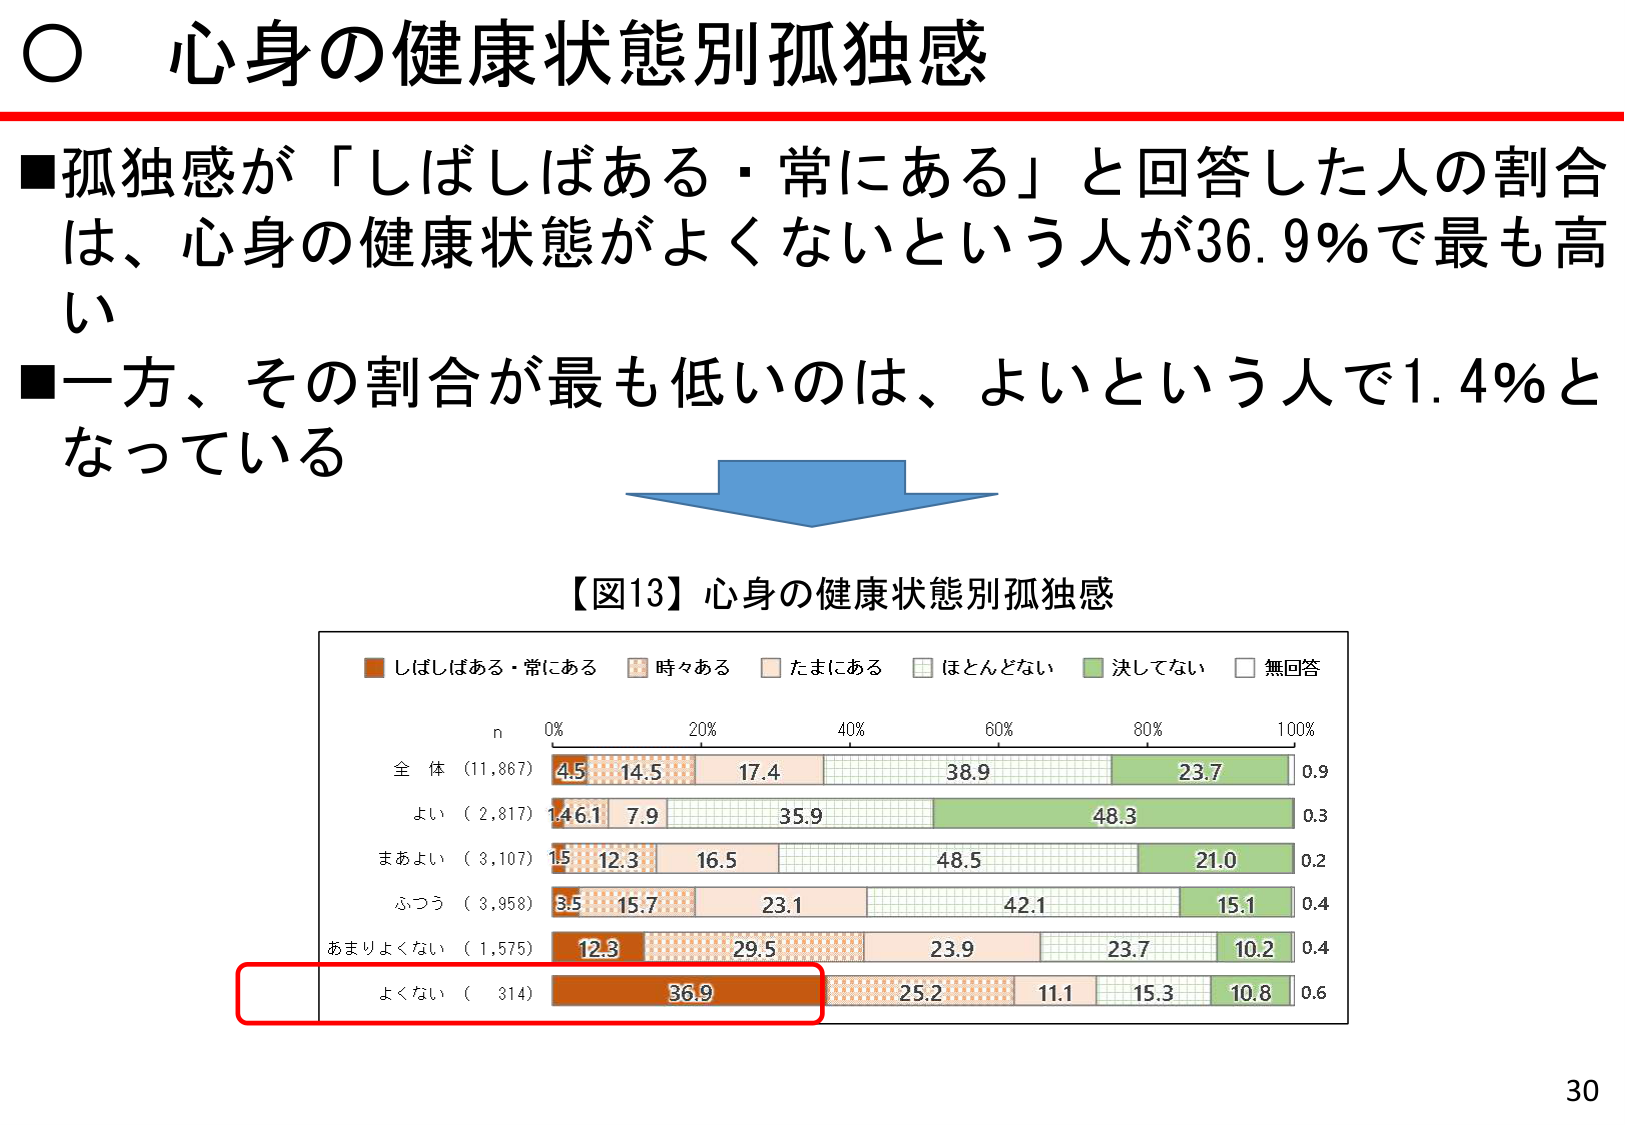
○ 心身の健康状態別孤独感

■孤独感が「しばしばある・常にある」と回答した人の割合は、心身の健康状態がよくないという人が36.9％で最も高い
■一方、その割合が最も低いのは、よいという人で1.4％となっている

【図13】心身の健康状態別孤独感

■ しばしばある・常にある
■ 時々ある
■ たまにある
■ ほとんどない
■ 決してない
■ 無回答

n
0% 20% 40% 60% 80% 100%

全体 (11,867) 4.5 14.5 17.4 38.9 23.7 0.9
よい (2,817) 1.4 6.1 7.9 35.9 48.3 0.3
まあよい (3,107) 1.5 12.3 16.5 48.5 21.0 0.2
ふつう (3,958) 8.5 15.7 23.1 42.1 15.1 0.4
あまりよくない (1,575) 12.3 29.5 23.9 23.7 10.2 0.4
よくない (314) 36.9 25.2 11.1 15.3 10.8 0.6

30